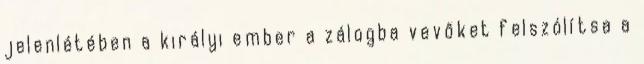
jelenlétében a királyi ember a zálogba vevőket felszólítsa a